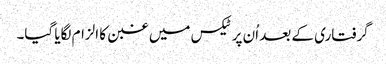
گرفتاری کے بعد اُن پر ٹیکس میں غبن کا الزام لگایا گیا۔